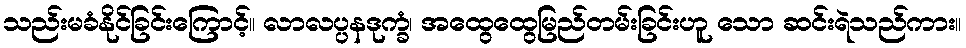
သည်းမခံနိုင်ခြင်းကြောင့်။ လာလပ္ပနဒုက္ခံ၊ အထွေထွေမြည်တမ်းခြင်းဟူ သော ဆင်းရဲသည်ကား။